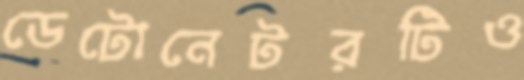
ডেটোনেটরটিও